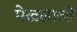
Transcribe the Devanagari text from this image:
मेखलाओं